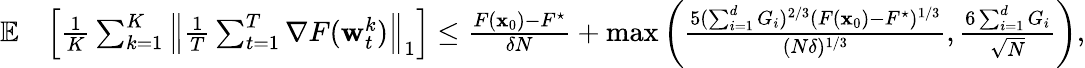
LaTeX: \begin{array}{rl}{\mathop{\mathbb{E}}}&{\left[\frac{1}{K}\sum_{k=1}^{K}\left\| \frac{1}{T}\sum_{t=1}^{T}\nabla F({\mathbf w}_{t}^{k})\right\| _{1}\right]\le\frac{F({\mathbf x}_{0})-F^{\star}}{\delta N}+\operatorname*{max}\left(\frac{5(\sum_{i=1}^{d}G_{i})^{2/3}(F({\mathbf x}_{0})-F^{\star})^{1/3}}{(N\delta)^{1/3}},\frac{6\sum_{i=1}^{d}G_{i}}{\sqrt{N}}\right),}\end{array}